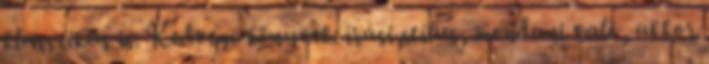
klasszikus is. Kedvenc könyvek: írási stílus, mondani való, akkor